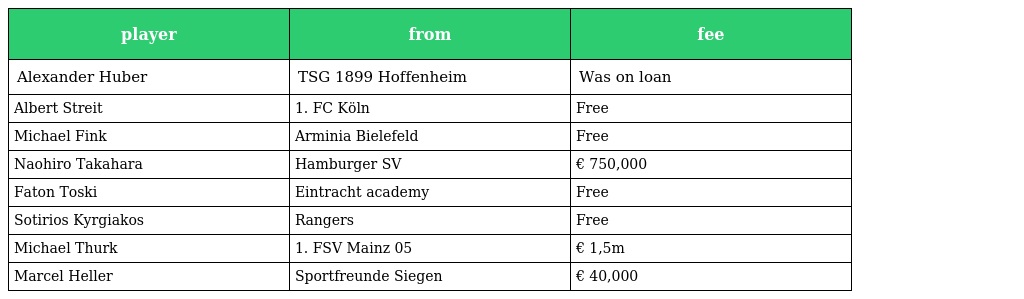
| player | from | fee |
 | --- | --- | --- |
 | Alexander Huber | TSG 1899 Hoffenheim | Was on loan |
 | Albert Streit | 1. FC Köln | Free |
 | Michael Fink | Arminia Bielefeld | Free |
 | Naohiro Takahara | Hamburger SV | € 750,000 |
 | Faton Toski | Eintracht academy | Free |
 | Sotirios Kyrgiakos | Rangers | Free |
 | Michael Thurk | 1. FSV Mainz 05 | € 1,5m |
 | Marcel Heller | Sportfreunde Siegen | € 40,000 |